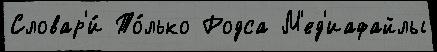
Словар'и́ То́лько Родса М'ед'иафайлы